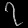
Digit: ၇